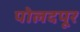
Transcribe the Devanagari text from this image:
पोलदपूर